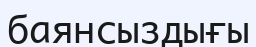
баянсыздығы